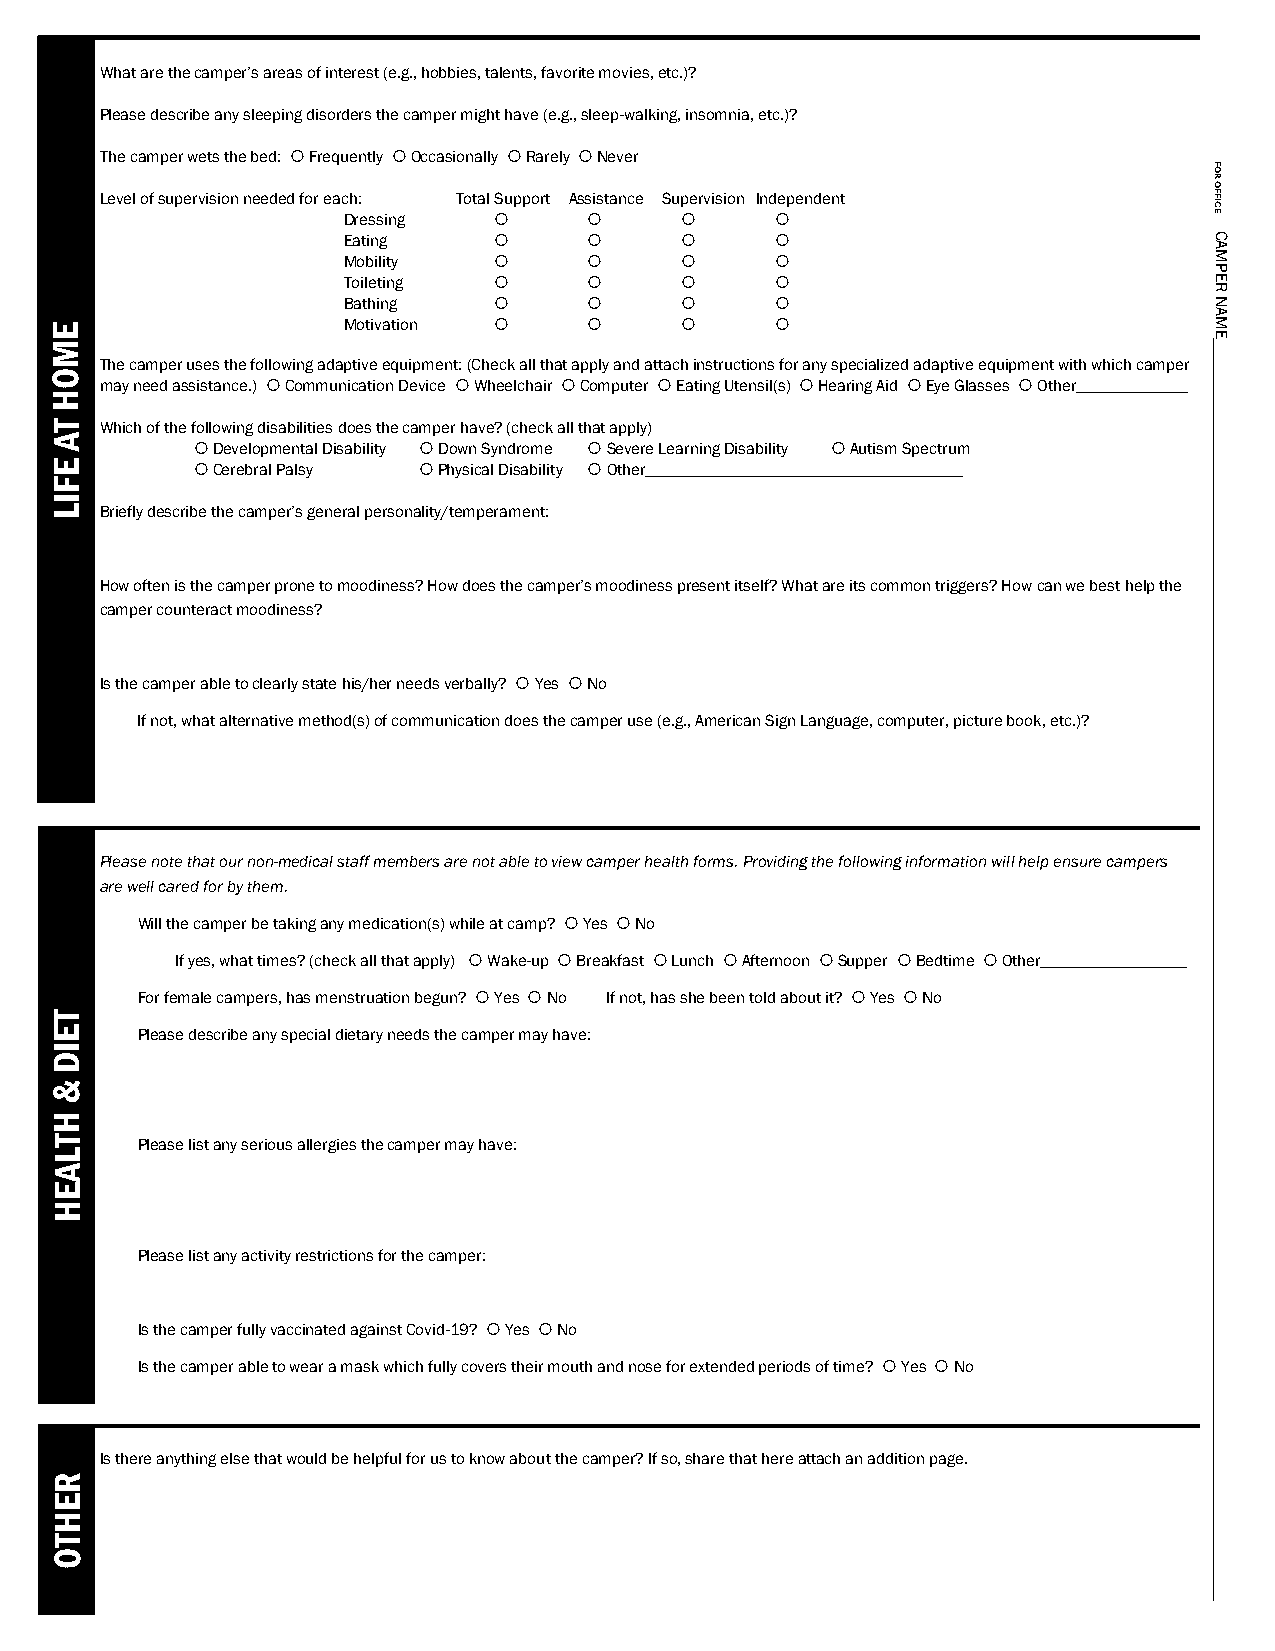
What are the camper’s areas of interest (e.g., hobbies, talents, favorite movies, etc.)?
 Please describe any sleeping disorders the camper might have (e.g., sleep-walking, insomnia, etc.)?
 The camper wets the bed:  Frequently  Occasionally  Rarely  Never
 O
 ROF
 Level of supervision needed for each: Total Support Assistance Supervision Independent CIFF
 Dressing                                             E
 Eating                                               C
 A
 Mobility                                             M
 P
 Toileting                                            E
 R
 Bathing                                              N
 A
 E                   Motivation                                           M
 E
 M
 The camper uses the following adaptive equipment: (Check all that apply and attach instructions for any specialized adaptive equipment with which camper
 O
 may need assistance.)  Communication Device  Wheelchair  Computer  Eating Utensil(s)  Hearing Aid  Eye Glasses  Other
 H
 T   Which of the following disabilities does the camper have? (check all that apply)
 A
  Developmental Disability  Down Syndrome  Severe Learning Disability  Autism Spectrum
 E          Cerebral Palsy  Physical Disability  Other
 F
 I
 L   Briefly describe the camper’s general personality/temperament:
 How often is the camper prone to moodiness? How does the camper’s moodiness present itself? What are its common triggers? How can we best help the
 camper counteract moodiness?
 Is the camper able to clearly state his/her needs verbally?  Yes  No
 If not, what alternative method(s) of communication does the camper use (e.g., American Sign Language, computer, picture book, etc.)?
 Please note that our non-medical staff members are not able to view camper health forms. Providing the following information will help ensure campers
 are well cared for by them.
 Will the camper be taking any medication(s) while at camp?  Yes  No
 If yes, what times? (check all that apply)  Wake-up  Breakfast  Lunch  Afternoon  Supper  Bedtime  Other
 For female campers, has menstruation begun?  Yes  No If not, has she been told about it?  Yes  No
 T
 E     Please describe any special dietary needs the camper may have:
 I
 D
 &
 H
 T     Please list any serious allergies the camper may have:
 L
 A
 E
 H
 Please list any activity restrictions for the camper:
 Is the camper fully vaccinated against Covid-19?  Yes  No
 Is the camper able to wear a mask which fully covers their mouth and nose for extended periods of time?  Yes  No
 Is there anything else that would be helpful for us to know about the camper? If so, share that here attach an addition page.
 R
 E
 H
 T
 O